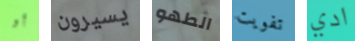
أو يسيرون الطهو تفويت ادي